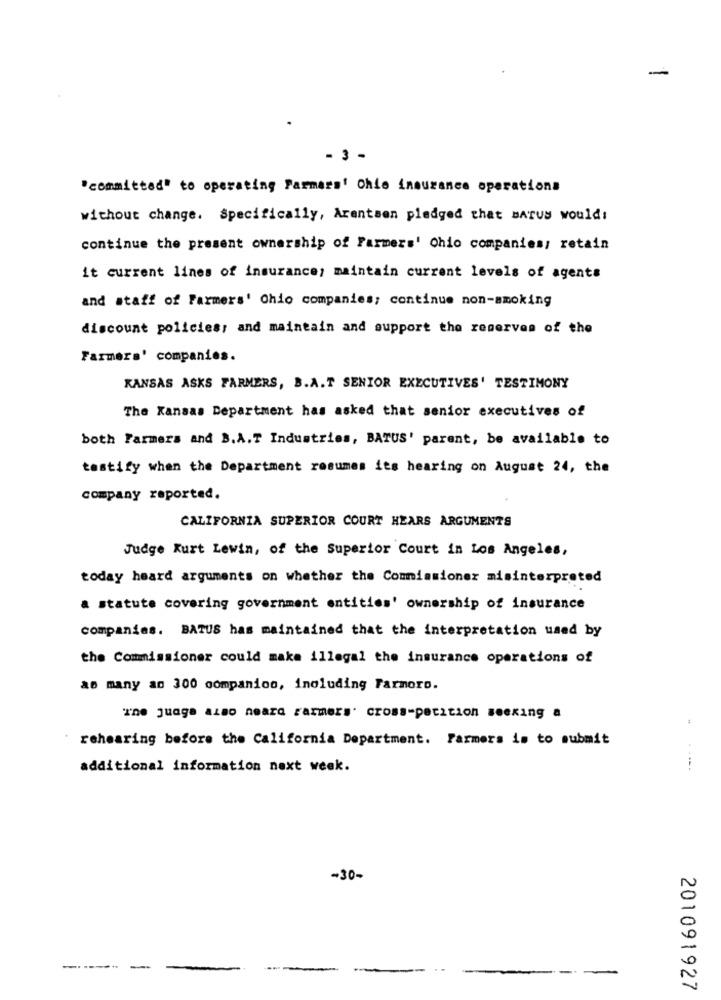
-
- 3 -
"committed" to operating Farmers' Chie insurance operations
without change. Specifically, Arentsen pledged that BATUS would:
continue the present ownership of Farmers' Chio companies; retain
it current lines of insurance; maintain current levels of agents
and staff of Farmers' Chio companies; continue non-smoking
discount policies, and maintain and support the reservas of the
Farmers' companies.
KANSAS ASKS FARMERS, B.A.T SENIOR EXECUTIVES' TESTIMONY
The Kansas Department has asked that senior executives of
both Farmers and B.A.T Industries, BATUS' parent, be available to
testify when the Department resumes its hearing on August 24, the
company reported.
CALIFORNIA SUPERIOR COURT HEARS ARGUMENTS
Judge Kurt Lewin, of the Superior Court in Los Angeles,
today heard arguments on whether the Commissioner misinterpreted
a statute covering government entities' ownership of insurance
companies. BATUS has maintained that the interpretation used by
the Commissioner could make illegal the insurance operations of
as many ao 300 companion, inoluding Farmoro.
rehearing before the California Department. Farmers is to submit
additional information next week.
-30-
-
-
201091927